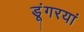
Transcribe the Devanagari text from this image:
डूंगरयां